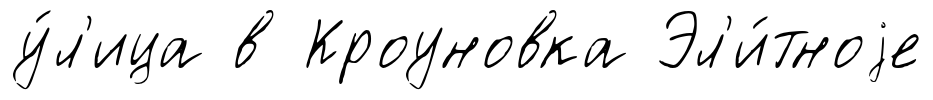
у́л'ица в Кроуновка Эл'и́тноjе